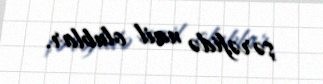
şərəfidə nail olublar.